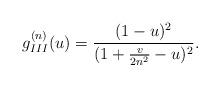
LaTeX: \begin{align*} g_{III}^{(n)} (u) = \frac{(1-u)^2}{ (1 + \frac{v}{2n^2} -u )^2} .\end{align*}